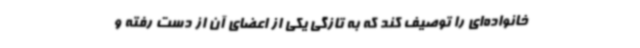
خانواده‌ای را توصیف کند که به تازگی یکی از اعضای آن از دست رفته و